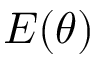
E ( \theta )